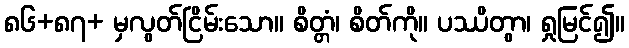
၈၆+၈၇+ မှလွတ်ငြိမ်းသော။ စိတ္တံ၊ စိတ်ကို။ ပဿိတွာ၊ ရှုမြင်၍။